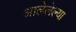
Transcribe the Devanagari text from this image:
आलेलेल्या